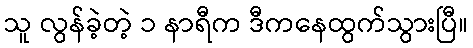
သူ လွန်ခဲ့တဲ့ ၁ နာရီက ဒီကနေထွက်သွားပြီ။